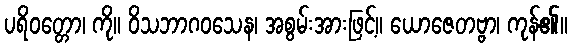
ပရိဝတ္တော၊ ကို။ ဝိသဘာဂဝသေန၊ အစွမ်းအားဖြင့်။ ယောဇေတဗ္ဗာ၊ ကုန်၏။